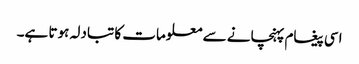
اسی پیغام پہنچانے سے معلومات کا تبادلہ ہوتا ہے۔